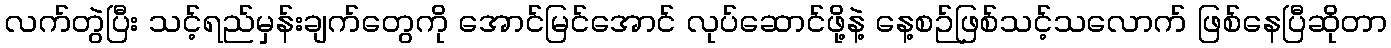
လက်တွဲပြီး သင့်ရည်မှန်းချက်တွေကို အောင်မြင်အောင် လုပ်ဆောင်ဖို့နဲ့ နေ့စဉ်ဖြစ်သင့်သလောက် ဖြစ်နေပြီဆိုတာ